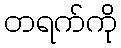
တရက်ကို